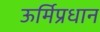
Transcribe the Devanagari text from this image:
ऊर्मिप्रधान